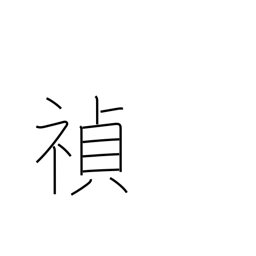
Meaning: good fortune